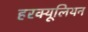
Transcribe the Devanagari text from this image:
हरक्यूलियन